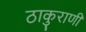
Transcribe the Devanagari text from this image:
ठाकुराणी